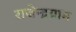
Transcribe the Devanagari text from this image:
राजेन्द्रग्राम